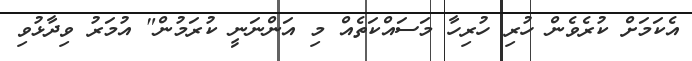
އެކަމަށް ކުރެވެން ހުރި ހުރިހާ މަސައްކަތެއް މި އަންނަނީ ކުރަމުން" އުމަރު ވިދާޅުވި